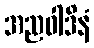
အညဝါဒိနံ